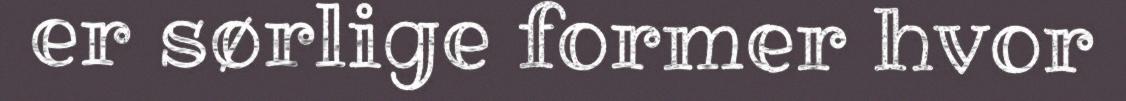
er sørlige former hvor